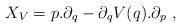
LaTeX: \begin{align*}X_V=p.\partial_q-\partial_qV(q).\partial_p~,\end{align*}